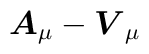
\mbox{\boldmath$A$}_{\mu}-\mbox{\boldmath $V$}_{\mu}